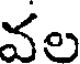
వల